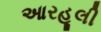
આરહૂલી